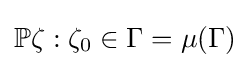
\mathbb {P} {\zeta :\zeta _{0}\in \Gamma }=\mu (\Gamma )